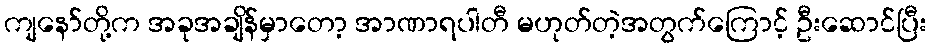
ကျနော်တို့က အခုအချိန်မှာတော့ အာဏာရပါတီ မဟုတ်တဲ့အတွက်ကြောင့် ဦးဆောင်ပြီး